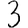
Digit: 3